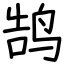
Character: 鹄